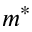
m ^ { * }